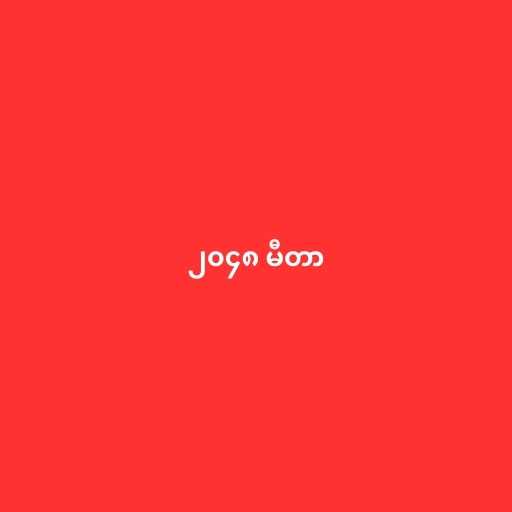
၂၀၄၈ မီတာ